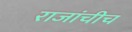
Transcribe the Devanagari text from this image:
राजांचीच